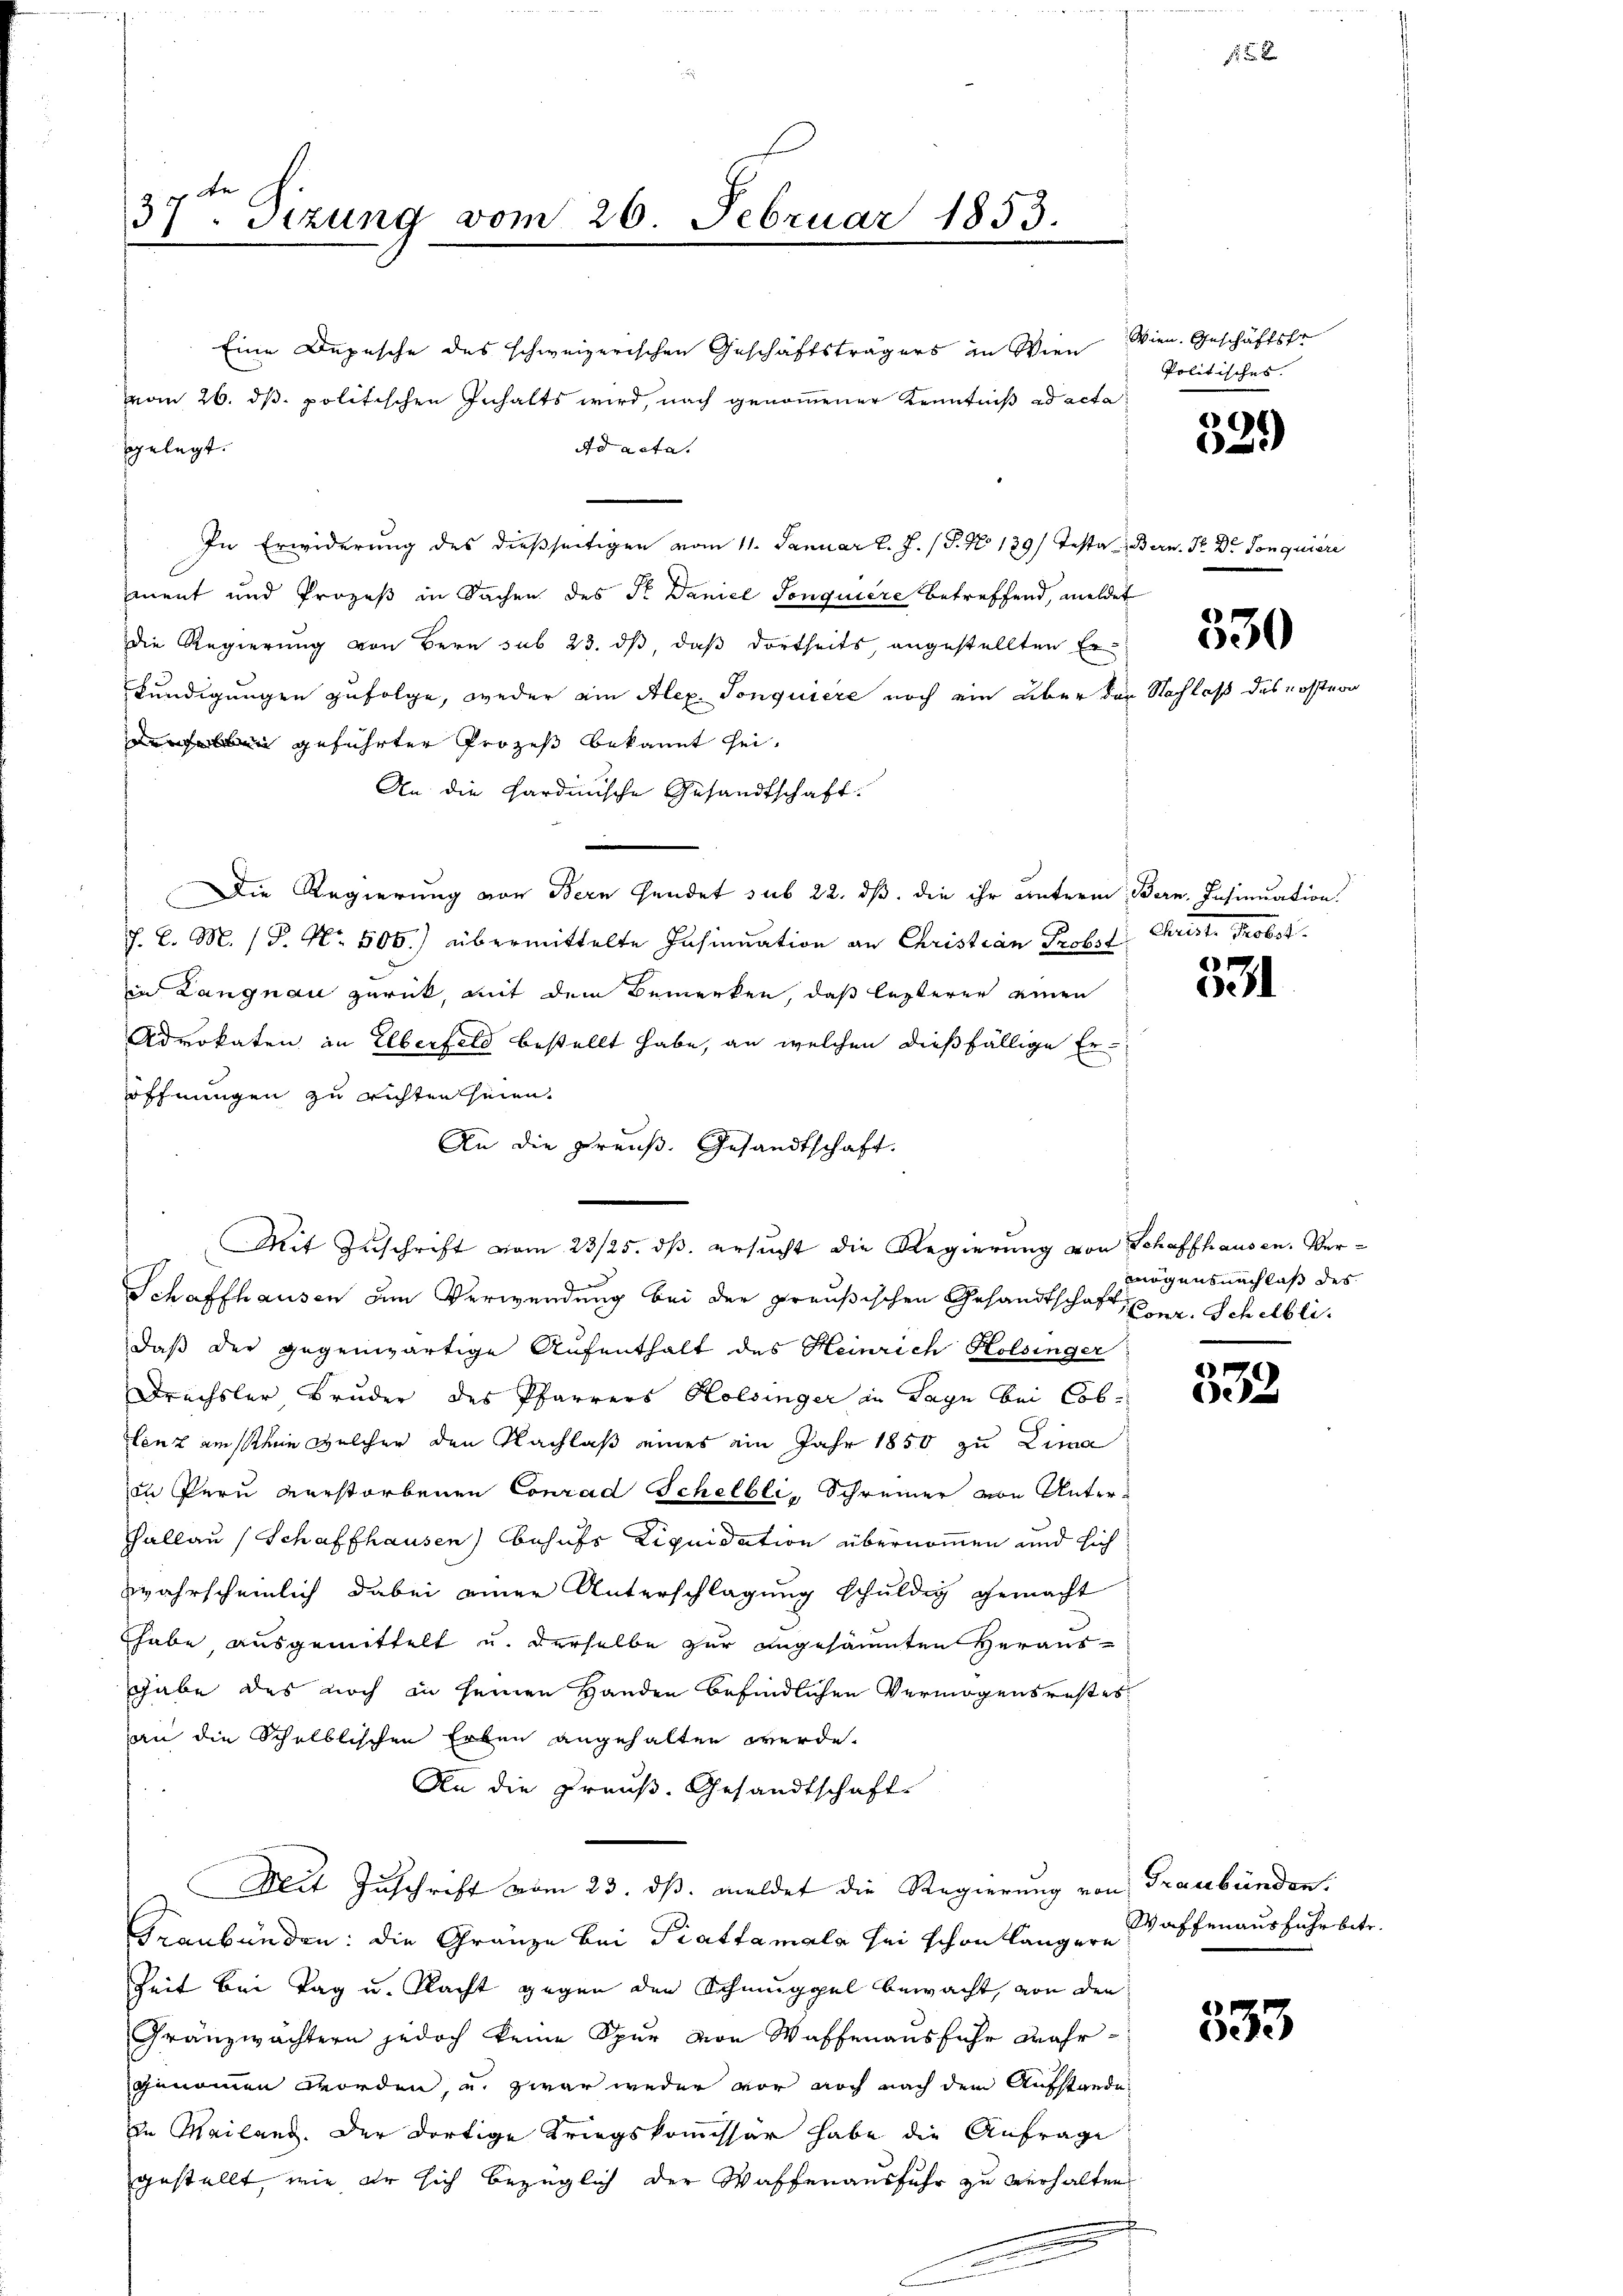
37ten Sizung vom 26. Februar 1853.

Eine Depesche des schweizerischen Geschäftsträgers in Wien
vom 26. ds. politischen Inhalts wird, nach genommener Kenntniß ad acta
Ad acta.
In Erwiderung des dießseitigen vom 11. Januar l. J. (T. No 129) Testa Bern. Pr. Dr. Sonquiere
ment und Prozeß in Sachen des Sr. Daniel Sonquiere betreffend, meldet
die Regierung von Bern sub 23. ds, daß dortheits, angestellten Erkundigungen zufolge, weder ain Alex. Sonquiere noch ein über der Nachlaß des Koster
n geführter Prozeß bekannt sei¬
An die Hardinische Gesandtschaft:
Die Regierung von Bern Gendet sub 22. dß. die ihr unterm Bern. Insinuation.
J. C. M. / P. Nr. 506.) übermittelte Insinuation an Christian Probst Christ Probst.
in Langnau zurück, mit dem Bemerken, daß lezterer einen
Advokaten an Elberfeld bestellt habe, an welchen dießfällige Er-
öffnungen zu richten seien.
An die Preuß. Gesandtschaft.
Mit Zuschrift vom 23/25. ds. ersucht die Regierung von Schaffhausen, Ver¬
Schaffhausen um Verwendung bei der preußischen Gesandtschaft, Eier. Schilblidaß der gegenwärtige Aufenthalt des Heinrich Holsinger
Drechsler Bruder des Pfarrers Holsinger in Lage bei Coblenz am ein welcher den Nachlaß eines ein Jahr 1850 zu Lima
in Pern verstorbenen Conrad Schelbli, Schreiner von Unter¬
Hallau (Schaffhausen) behufs Liquidation übernommen und sich
zwahrscheinlich dabei einer Unterschlagung schuldig gemacht
habe, ausgemittelt u. derselbe zur angesäumten Heraus-
gabe des noch in seinen Handen befindlichen Vermögensrestes
an die Schulblischen Erben angehalten werde.
An die Preuß. Gesandtschaft
Mit Zuschrift vom 23. ds. meldet die Regierung von Graubünden.
Graubünden: die Gränze bei Piatta mala sei schon längere Waffen ausfuhr betr.
Zeit bei Tag u. Nacht gegen den Schmuggel bewacht, von den
Gränzwächtern jedoch keine Spur von Waffenausfuhr Mehrgenommen worden, u. zwar weder vor noch nach dem Aufstande
in Mailand. Der dortige Kriegskommissär habe die Anfrage
gestellt, wie Er sich bezüglich der Waffenausfuhr zu verhalten,

ggelegt.

Wien. Geschäftsfr
Politisches.

1
9
2

330

7
de

mögensnachlaß des

1
e

e
Dee